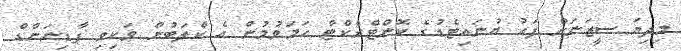
މިދިޔަ ސީޒަނަށް ފަހު ޔުނައިޓެޑުގެ ކޮންޓްރެކްޓް ހަމަވުމުން އެ ކްލަބުން ވަކިވި ފާޑިނަންޑް